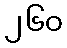
၂၆၀